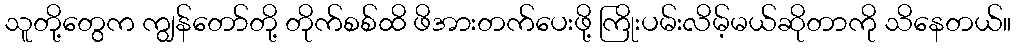
သူတို့တွေက ကျွန်တော်တို့ တိုက်စစ်ထိ ဖိအားတက်ပေးဖို့ ကြိုးပမ်းလိမ့်မယ်ဆိုတာကို သိနေတယ်။